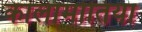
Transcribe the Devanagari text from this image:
कालामोतिया